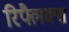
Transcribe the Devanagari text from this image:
रिफ्लैक्स